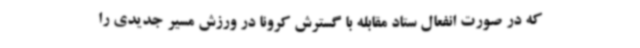
که در صورت انفعال ستاد مقابله با گسترش کرونا در ورزش مسیر جدیدی را